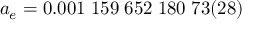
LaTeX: a _ { e } = 0 . 0 0 1 \; 1 5 9 \; 6 5 2 \; 1 8 0 \; 7 3 ( 2 8 )